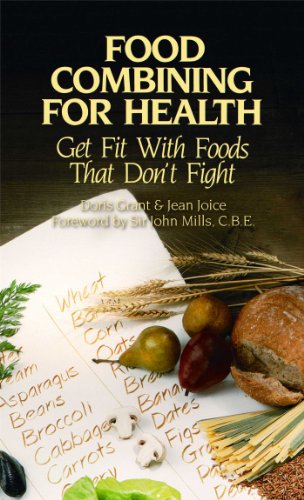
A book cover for Food Combining for Health: Get Fit with Foods that Don't Fight; Doris Grant; Cookbooks, Food & Wine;